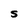
Character: S